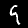
Label: 9